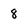
Character: 8